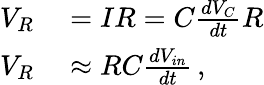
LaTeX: \begin{array}{rl}{V_{R}}&{{}=IR=C{\frac{dV_{C}}{dt}}R}\\ {V_{R}}&{{}\approx RC{\frac{dV_{in}}{dt}}\, ,}\end{array}